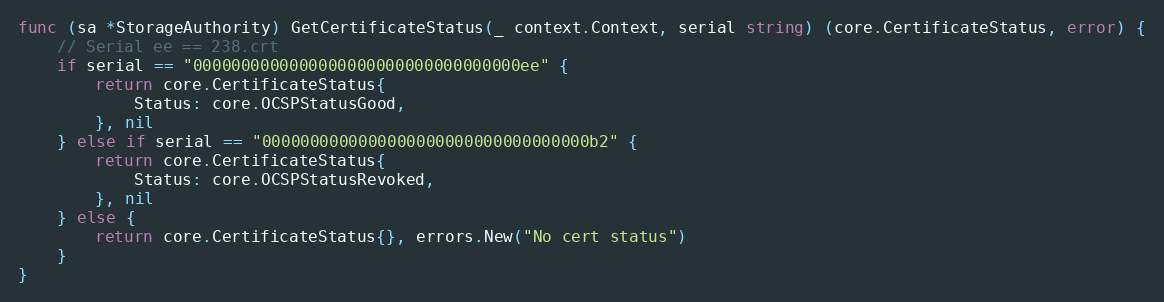
Language: Go
func (sa *StorageAuthority) GetCertificateStatus(_ context.Context, serial string) (core.CertificateStatus, error) {
	// Serial ee == 238.crt
	if serial == "0000000000000000000000000000000000ee" {
		return core.CertificateStatus{
			Status: core.OCSPStatusGood,
		}, nil
	} else if serial == "0000000000000000000000000000000000b2" {
		return core.CertificateStatus{
			Status: core.OCSPStatusRevoked,
		}, nil
	} else {
		return core.CertificateStatus{}, errors.New("No cert status")
	}
}